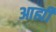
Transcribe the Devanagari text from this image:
आह्मी